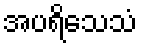
အပရိသေသံ